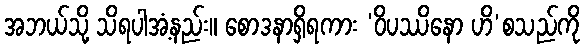
အဘယ်သို့ သိရပါအံ့နည်း။ စောဒနာရှိရကား ‘ဝိပဿိနော ဟိ’စသည်ကို